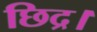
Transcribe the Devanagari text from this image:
छिद्र।